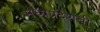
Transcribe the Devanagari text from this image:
मध्यप्रदेशची